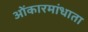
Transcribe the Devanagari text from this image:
ओंकारमांधाता